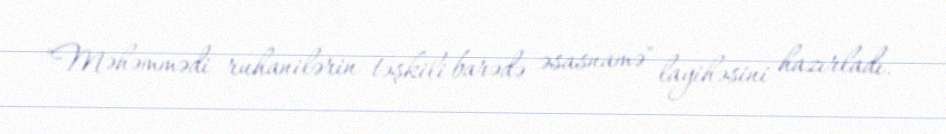
"Məhəmmədi ruhanilərin təşkili barədə əsasnamə" layihəsini hazırladı.